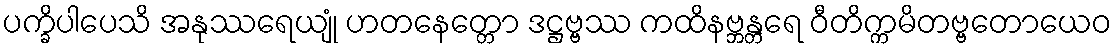
ပက္ခိပါပေသိ အနုဿရေယျုံ ဟတနေတ္တော ဒဋ္ဌဗ္ဗဿ ကထိနဗ္ဘန္တရေ ဝီတိက္ကမိတဗ္ဗတောယေဝ